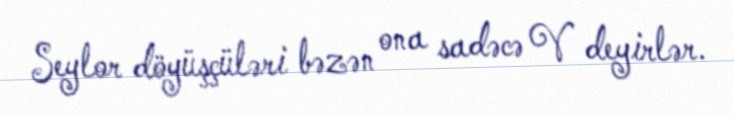
Seylor döyüşçüləri bəzən ona sadəcə V deyirlər.